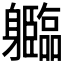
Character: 𲄱